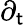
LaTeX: \partial_{\mathsf{t}}